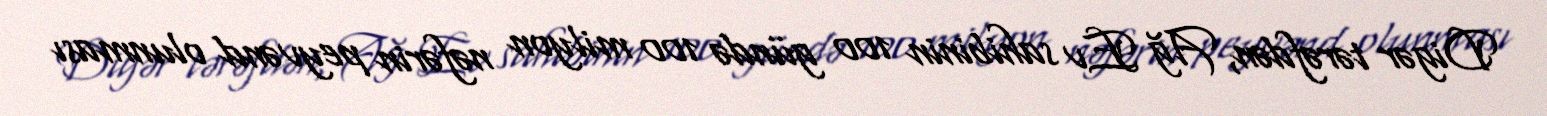
Digər tərəfdən, Ağ Ev sahibinin 100 gündə 100 milyon nəfərin peyvənd olunması